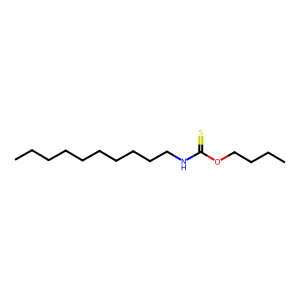
SMILES: CCCCCCCCCCNC(=S)OCCCC
Inhibits HIV replication: No